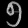
Digit: ၅